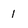
Character: 1